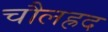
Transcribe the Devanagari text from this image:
चौलह्रद